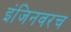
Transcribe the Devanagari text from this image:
इंजिनवरच